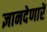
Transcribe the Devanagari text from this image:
ज्ञानदेणारें